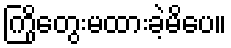
ကြိုတွေးမထားခဲ့မိပေ။